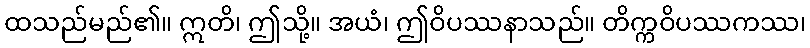
ထသည်မည်၏။ ဣတိ၊ ဤသို့။ အယံ၊ ဤဝိပဿနာသည်။ တိက္ကဝိပဿကဿ၊